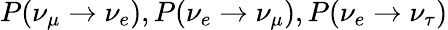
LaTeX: P(\nu_{\mu}\rightarrow\nu_{e}),P(\nu_{e}\rightarrow\nu_{\mu}),P(\nu_{e}\rightarrow\nu_{\tau})